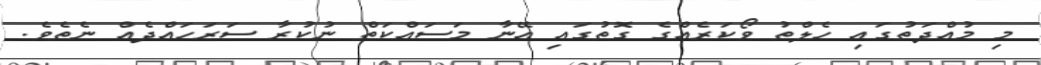
މި މުއްދަތުގައި ހެލްތު ވޯކަރެއްގެ ގޮތުގައި އޭނާ މަސައްކަތް ނުކުރާ ސަރަހައްދެއް ނެތެވެ.